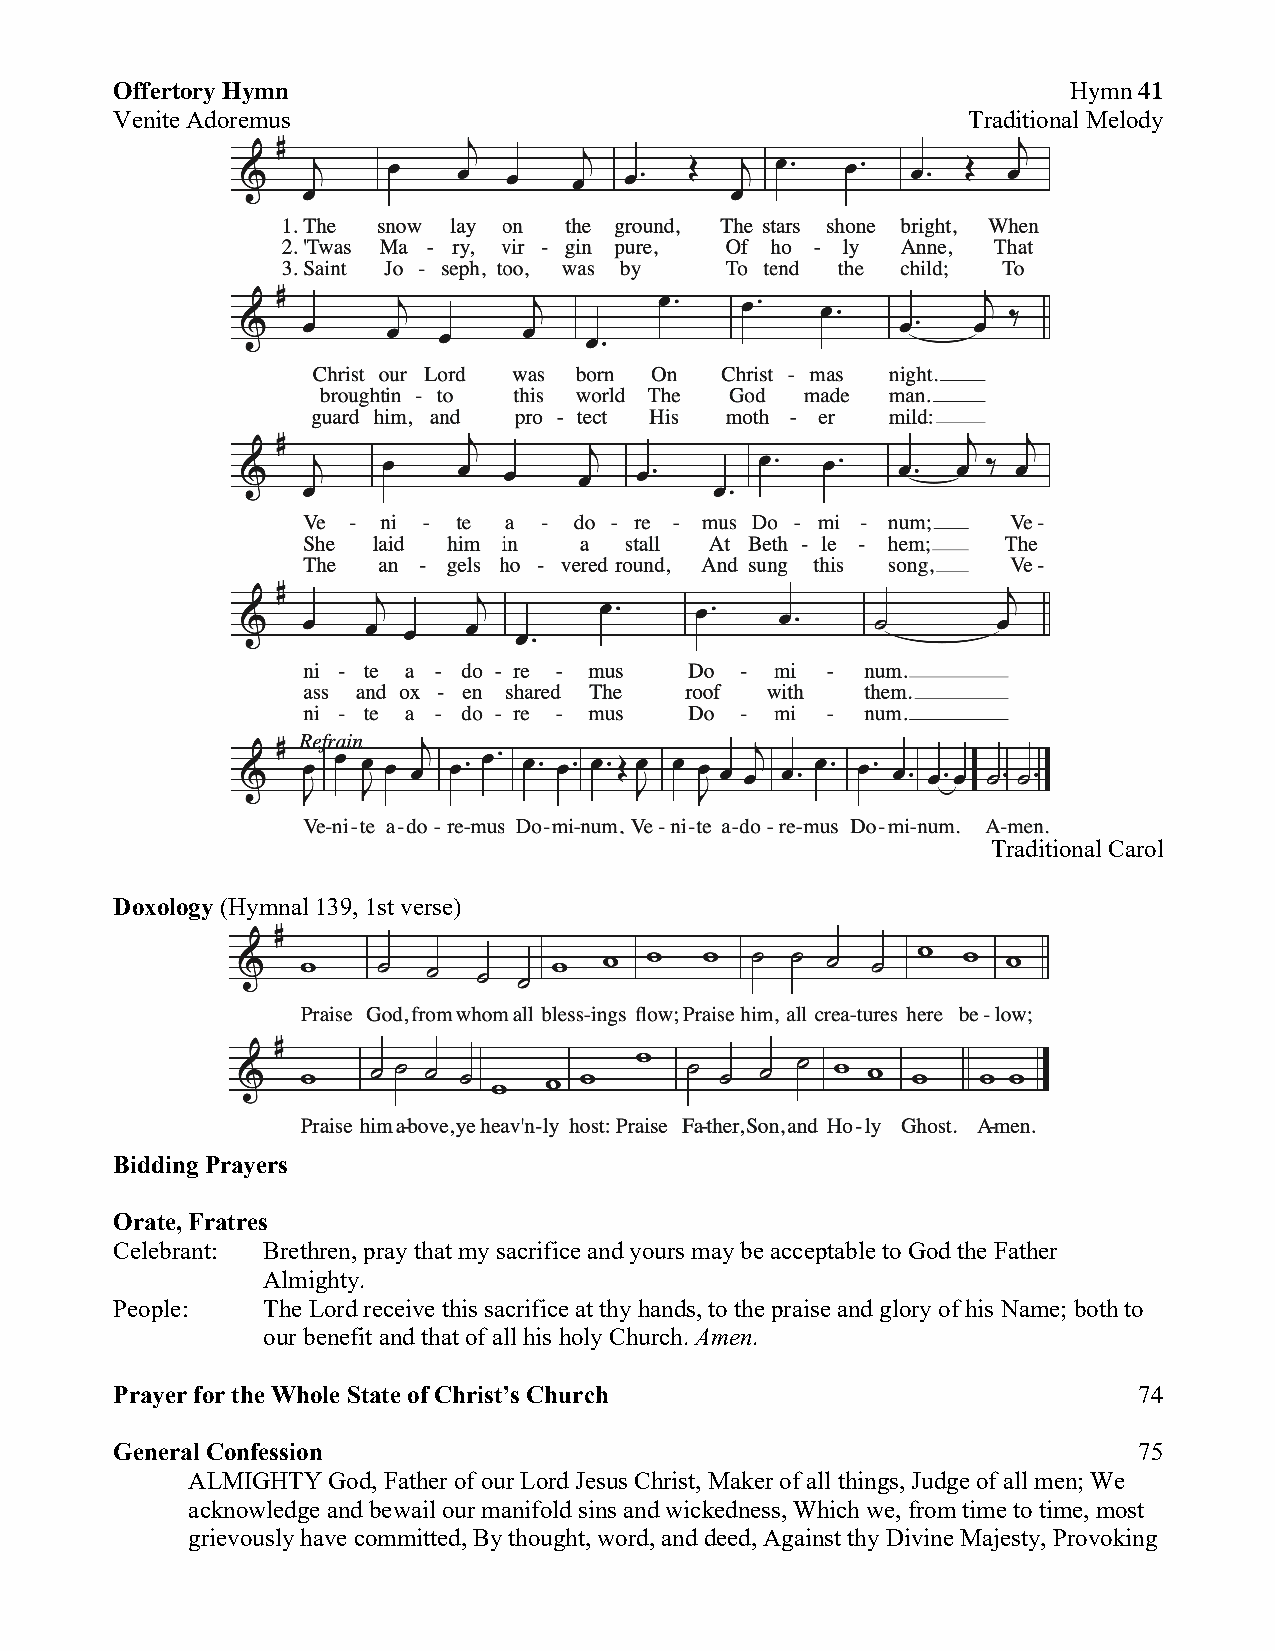
Offertory Hymn                                                 Hymn 41
 Venite Adoremus                                         Traditional Melody
 Traditional Carol
 Doxology (Hymnal 139, 1st verse)
 Bidding Prayers
 Orate, Fratres
 Celebrant: Brethren, pray that my sacrifice and yours may be acceptable to God the Father
 Almighty.
 People:  The Lord receive this sacrifice at thy hands, to the praise and glory of his Name; both to
 our benefit and that of all his holy Church. Amen.
 Prayer for the Whole State of Christ’s Church                      74
 General Confession                                                 75
 ALMIGHTY  God, Father of our Lord Jesus Christ, Maker of all things, Judge of all men; We
 acknowledge and bewail our manifold sins and wickedness, Which we, from time to time, most
 grievously have committed, By thought, word, and deed, Against thy Divine Majesty, Provoking